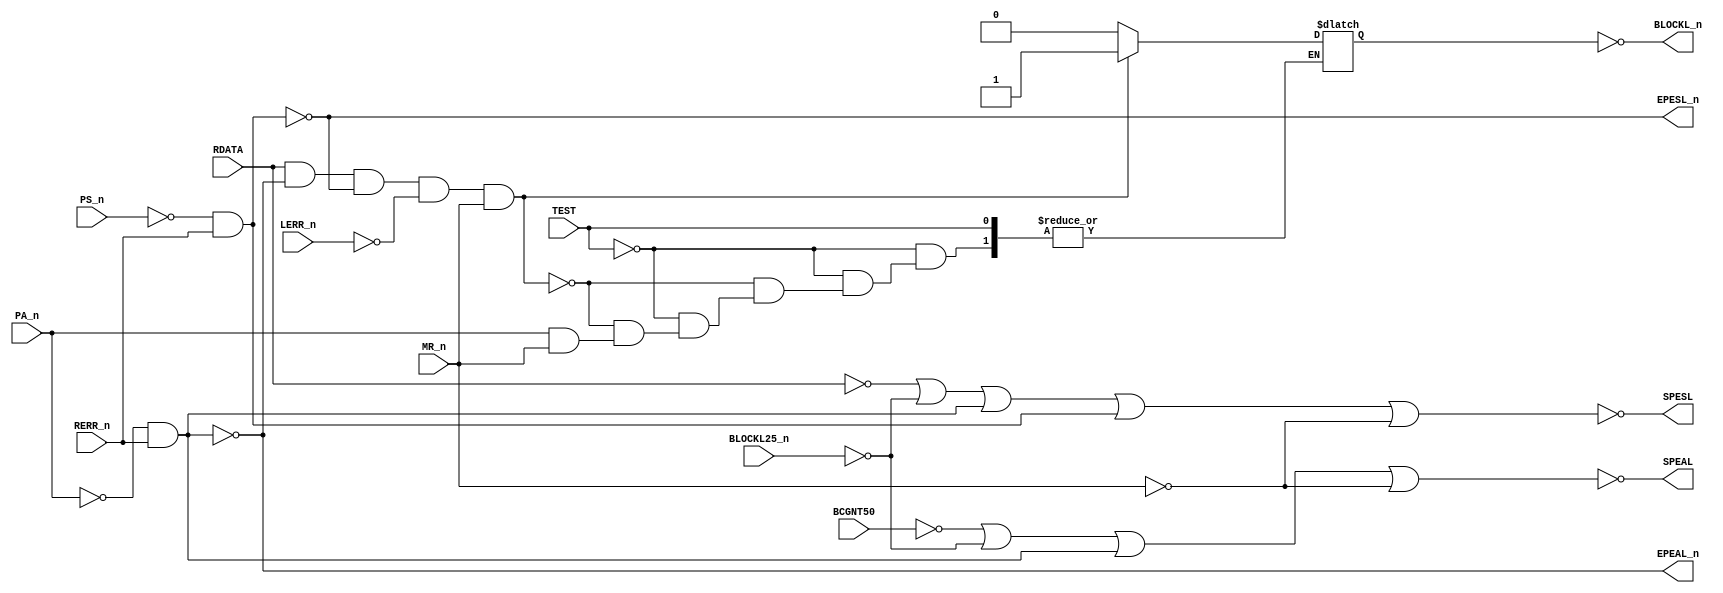
// This program was cloned from: https://github.com/RonnyA/nd-120
// License: MIT License

// PAL16L8
// ADGD 12AUG86
// 45009B,4F ,ERROR


// PCB 3202D sheet 47:
//

// PAL 16L8
// 10 INPUT only pins (I0-I9)
// 2 OUT only pins (Y0-Y1) and 6 IN or OUT pins (B0-B5)
//
// PAL16RL8 (https://rocelec.widen.net/view/pdf/c6dwcslffz/VANTS00080-1.pdf)


module PAL_45009B(
    input RDATA,              // I0 - RDATA25 signal (doesnt match name)
    input BLOCKL25_n,         // I1 - BLOCKL25_n
    input BCGNT50,            // I2 - BCGNT50
    input PS_n,               // I3 - PS_n
    input RERR_n,             // I4 - RERR_n
    input PA_n,               // I5 - PA_n
    input TEST,               // I6 - PD4
    input LERR_n,             // I7 - LERR_n
    // input not_connected,   // I8 - 
    input MR_n,               // I9 - MR_n  


    output SPESL,             // Y0_n (OUT Only)
    output SPEAL,             // Y1_n (OUT ONLY)
    
    output EPESL_n,           // B0_n - EPESL_n (clock to PEAL register)
    output EPEAL_n,           // B1_n - EPEAL_n (/output enable to PEAL register)
    output BLOCKL_n           // B2_n - BLOCKL_n 
    // inout B3_n,            // B3_n - (n.c)
    // inout B4_n,            // B4_n - (n.c)
    // inout B5_n             // B5_n - (n.c)
);                        


// Verilog code equivalent to the provided PALASM code
wire RDATA_n = ~RDATA;
wire BCGNT50_n = ~BCGNT50;
wire PS = ~PS_n;
wire PA = ~PA_n;
wire LERR = ~LERR_n;
wire MR = ~MR_n;
wire BLOCKL25 = ~BLOCKL25_n;
wire EPESL = ~EPESL_n;
wire EPEAL = ~EPEAL_n;

reg BLOCKL_reg;

//** IGNORING TEST MODE FOR NOW **//

// RDATA USED AS WRITE PULSE WHEN NOT BLOCKED
assign SPESL = ~( RDATA_n | BLOCKL25 | EPEAL | EPESL | MR);

// BCGNT USED AS WRITE PULSE
assign SPEAL =  ~(BCGNT50_n | BLOCKL25 | EPEAL | MR);

// ENABLE IF ERROR IN LOCAL MEMORY
assign EPESL_n = ~(PS & RERR_n);
assign EPEAL_n= ~(PA & RERR_n);

// BLOCKL condition
wire set_condition = (RDATA & EPEAL_n & EPESL_n & LERR & MR_n);
wire reset_condition = !(PA_n & MR_n);

always @(*) begin
    if (!TEST) begin

        if (set_condition)
            BLOCKL_reg = 1'b1;  // SET ON LOCAL ERROR
        else if (reset_condition)
            BLOCKL_reg = 1'b0;  // RESET IF PA_n & MR_n ARE NOT BOTH 1 (// HOLD TILL PEA READ)
/*
        BLOCKL_reg <=         
              (RDATA & EPEAL_n & EPESL_n & LERR & MR_n) | // SET ON LOCAL ERROR    
              (BLOCKL_reg & PA_n & MR_n)                  // HOLD TILL PEA READ                              
              ;
*/            
    end
end

assign BLOCKL_n = ~BLOCKL_reg;

endmodule

/*


DESCRIPTION

; 2/4-87JLB: RDATA PIN 1.
; 070487 JLB: MUST NOT LOCK ON MOR, THAT IS DONE IN THE BUS INTERFACE ANYWAY
; UNBLOCK ON PA (I.E. ALSO IF THE BUS PEA WAS READ)
; 150487 CJTC: NO!!! SPIKES ON SPEAL - USE BLOCKL25 INSTEAD OF BLOCKL
;
; 180587 : M3202B
; 090887 B JLB: TEST MODE FOR C-PRINT.

*/